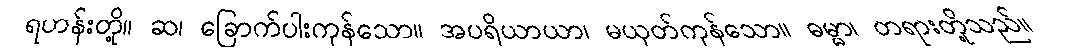
ရဟန်းတို့။ ဆ၊ ခြောက်ပါးကုန်သော။ အပရိယာယာ၊ မယုတ်ကုန်သော။ ဓမ္မာ၊ တရားတို့သည်။